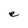
Character: e